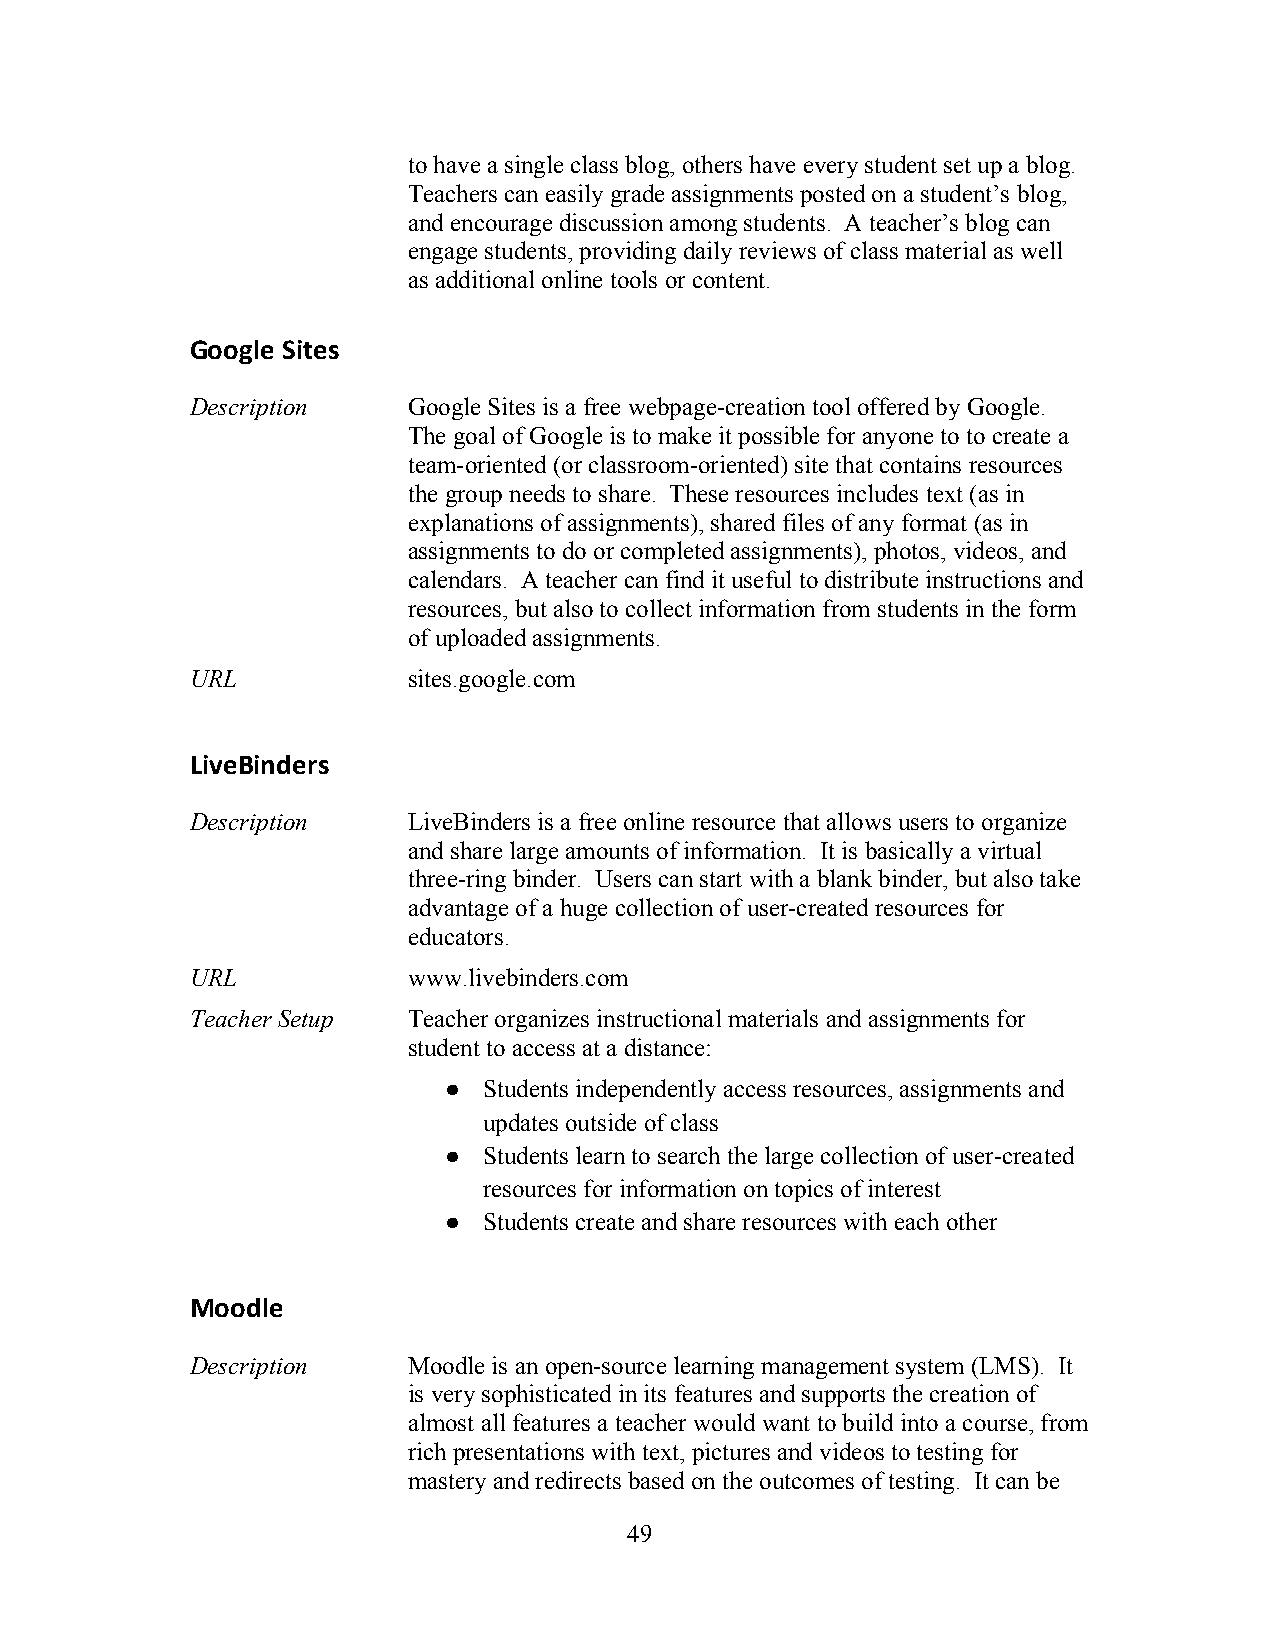
to have a single class blog, others have every student set up a blog.
 Teachers can easily grade assignments posted on a student’s blog,
 and encourage discussion among students. A teacher’s blog can
 engage students, providing daily reviews of class material as well
 as additional online tools or content.
 Google Sites
 Description   Google Sites is a free webpage-creation tool offered by Google.
 The goal of Google is to make it possible for anyone to to create a
 team-oriented (or classroom-oriented) site that contains resources
 the group needs to share. These resources includes text (as in
 explanations of assignments), shared files of any format (as in
 assignments to do or completed assignments), photos, videos, and
 calendars. A teacher can find it useful to distribute instructions and
 resources, but also to collect information from students in the form
 of uploaded assignments.
 URL           sites.google.com
 LiveBinders
 Description   LiveBinders is a free online resource that allows users to organize
 and share large amounts of information. It is basically a virtual
 three-ring binder. Users can start with a blank binder, but also take
 advantage of a huge collection of user-created resources for
 educators.
 URL           www.livebinders.com
 Teacher Setup Teacher organizes instructional materials and assignments for
 student to access at a distance:
 ●  Students independently access resources, assignments and
 updates outside of class
 ●  Students learn to search the large collection of user-created
 resources for information on topics of interest
 ●  Students create and share resources with each other
 Moodle
 Description   Moodle is an open-source learning management system (LMS). It
 is very sophisticated in its features and supports the creation of
 almost all features a teacher would want to build into a course, from
 rich presentations with text, pictures and videos to testing for
 mastery and redirects based on the outcomes of testing. It can be
 4 9